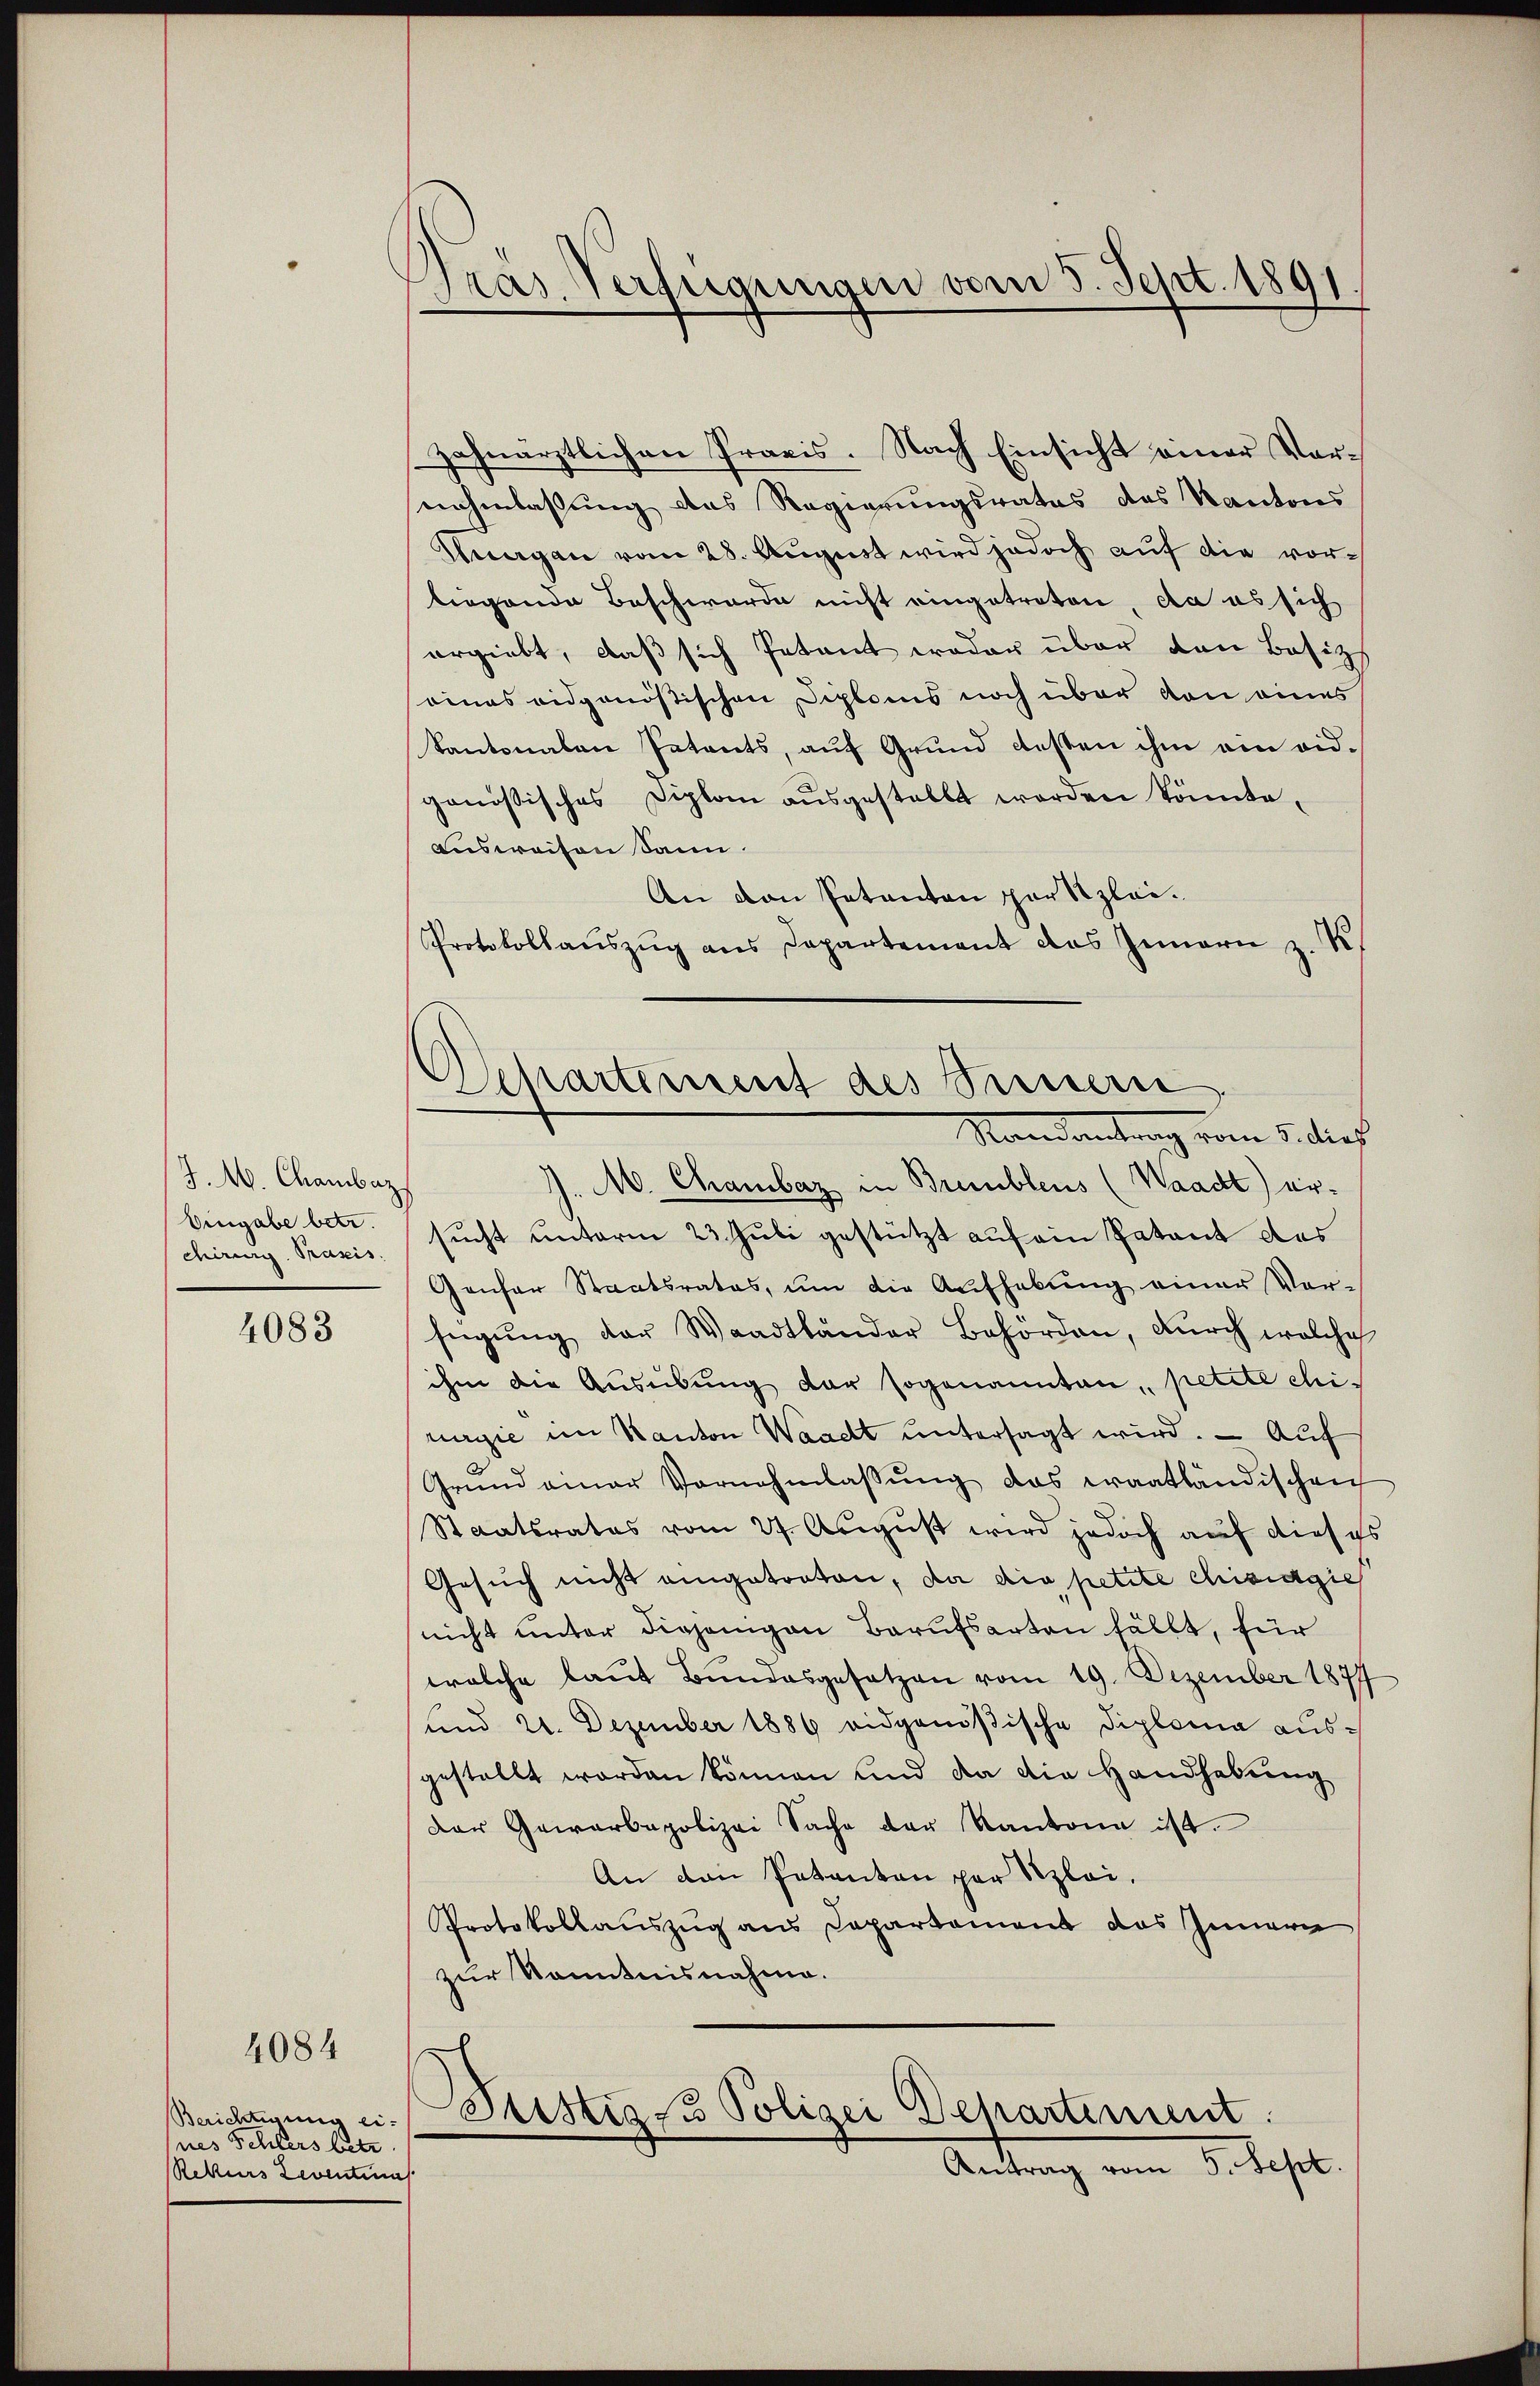
Pras Verfügungen vom 5. Sept. 1891.

zahnärztlichen Praxis. Nach Einsicht einer Vornahmlassung das Regierungsrates des Kantons
Kuegen vom 28. August wird jedoch auf die vorliegende Beschwerde nicht eingetreten, da es sich
ergiebt, daß sich Petent weder über den Basizs
eines eidgenössischen Diploms noch über von eines
kantonalen Patants, auf Grund besten ihm am eidgenössisches Diplom ausgestellt worden könnte,
Ausweisen Sann.
An den Petenten partizlei¬
Protokollaŭszŭg ans Departement des Innern z. K

Departement des Seinern
Randantrag vom 5. dies

d
M. Chambar in Bremblens (Waadt) ersucht unterm 23. Juli gestützt auf ein Patent des
Genfer Staatsrates, um die Aufhebung einer Vor-
sügŭng der Waadtländer Behörden, durch welche
ihm die Ausübung der sogenannten, petite chirurgie im Kanton Waadt untersagt wird. — Auf
Grund ainer Vornehmlassŭng das waatländischen
Staatsrates vom 27. August wird jedoch auf dieses
Gesuch nicht eingetreten, da die petite chisagie
nicht unter diejenigen Berufsarten fällt, für
welche laut Bundesgesetzen vom 19. Dezember 1877
und 21. Dezember 1886 eidgenößische Diploma ausgestellt worden können und da die Handhabung
der Gewerbepolizei Sache der Kantone ist.
An den Patanton par Szlei.
Protokollauszug aus Departement das Innern
zur Kenntnisnahme.

J. M. Chambar
Eingabe betr.
chirung. Praxis.

4083

4084

üstig - Polizei Departement
Antrag vom 5. Sept.

Berichtigung ei-
nes Schlers letz
Rekurs Leventima